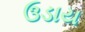
ઉડાય